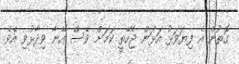
ގޮތުން އެ ފިޔަވަޅު އަޅަން ޖެހޭތީ ކަމަށް ވެސް އޭނާ ވިދާޅުވި އެވެ.